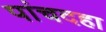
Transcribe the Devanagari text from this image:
पांचदहा